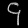
Digit: ၄